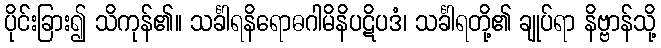
ပိုင်းခြား၍ သိကုန်၏။ သင်္ခါရနိရောဓဂါမိနိပဋိပဒံ၊ သင်္ခါရတို့၏ ချုပ်ရာ နိဗ္ဗာန်သို့